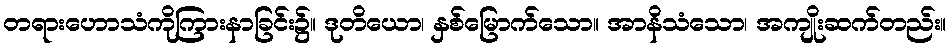
တရားဟောသံကိုကြားနာခြင်း၌။ ဒုတိယော၊ နှစ်မြောက်သော။ အာနိသံသော၊ အကျိုးဆက်တည်း။